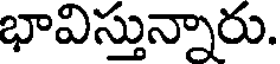
భావిస్తున్నారు.